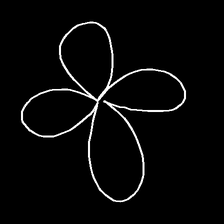
Glyph: billowing